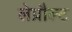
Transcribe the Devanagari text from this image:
लेप्रौल्ट